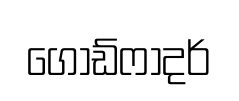
ගෝඩ්ෆාදර්